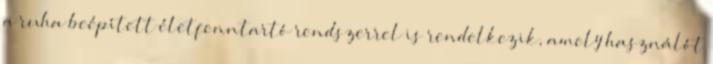
a ruha beépített életfenntartó rendszerrel is rendelkezik, amely használót